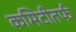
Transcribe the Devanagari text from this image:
कमिटीतर्फ